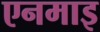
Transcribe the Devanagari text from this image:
एनमाइ